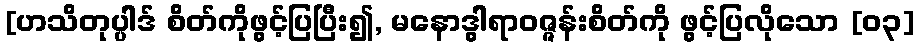
[ဟသိတုပ္ပါဒ် စိတ်ကိုဖွင့်ပြပြီး၍, မနောဒွါရာဝဇ္ဇန်းစိတ်ကို ဖွင့်ပြလိုသော [၀၃]